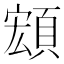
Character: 𩓘